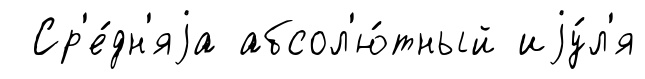
Ср'е́дн'яjа абсол'ю́тный иjу́л'я